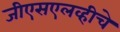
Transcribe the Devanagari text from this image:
जीएसएलव्हीचे